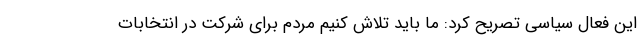
این فعال سیاسی تصریح کرد: ما باید تلاش کنیم مردم برای شرکت در انتخابات